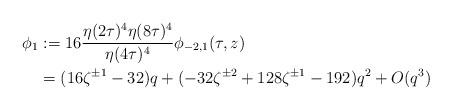
LaTeX: \begin{align*} \phi_1 &:= 16 \frac{\eta(2\tau)^4 \eta(8\tau)^4}{\eta(4\tau)^4} \phi_{-2, 1}(\tau, z) \\ &= (16 \zeta^{\pm 1} - 32)q + (-32 \zeta^{\pm 2} + 128 \zeta^{\pm 1} - 192) q^2 + O(q^3) \end{align*}